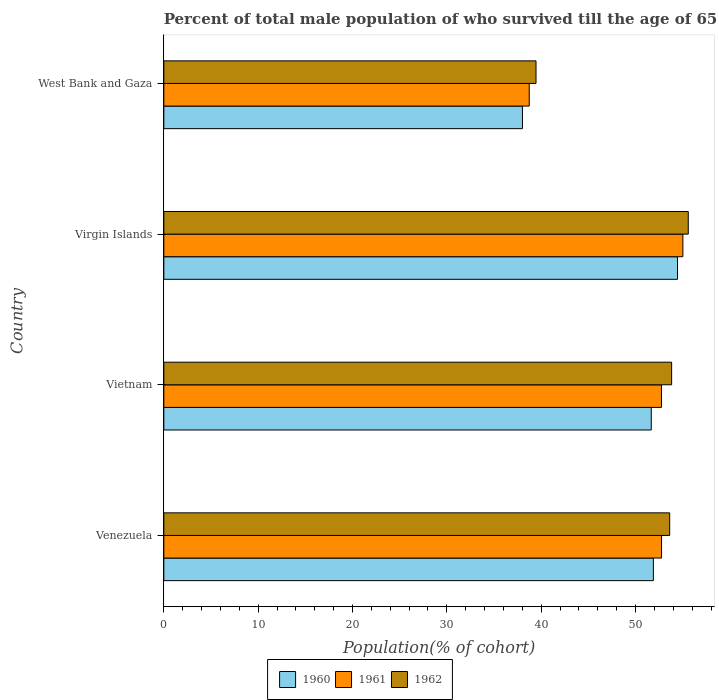
| Country | 1960 | 1961 | 1962 |
 | --- | --- | --- | --- |
 | Venezuela | 51.9 | 52.8 | 53.6 |
 | Vietnam | 51.7 | 52.7 | 53.8 |
 | Virgin Islands | 54.5 | 55 | 55.6 |
 | West Bank and Gaza | 38 | 38.7 | 39.5 |